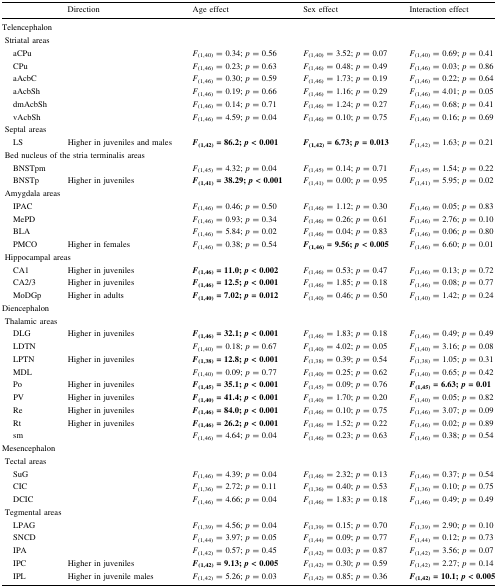
<table><thead><tr><td></td><td><b>Direction</b></td><td><b>Age effect</b></td><td><b>Sex effect</b></td><td><b>Interaction effect</b></td></tr></thead><tbody><tr><td colspan="5">Telencephalon</td></tr><tr><td colspan="5"> Striatal areas</td></tr><tr><td>aCPu</td><td></td><td><i>F</i><sub>(1,40)</sub> = 0.34; <i>p</i> = 0.56</td><td><i>F</i><sub>(1,40)</sub> = 3.52; <i>p</i> = 0.07</td><td><i>F</i><sub>(1,40)</sub> = 0.69; <i>p</i> = 0.41</td></tr><tr><td>CPu</td><td></td><td><i>F</i><sub>(1,46)</sub> = 0.23; <i>p</i> = 0.63</td><td><i>F</i><sub>(1,46)</sub> = 0.48; <i>p</i> = 0.49</td><td><i>F</i><sub>(1,46)</sub> = 0.03; <i>p</i> = 0.86</td></tr><tr><td>aAcbC</td><td></td><td><i>F</i><sub>(1,46)</sub> = 0.30; <i>p</i> = 0.59</td><td><i>F</i><sub>(1,46)</sub> = 1.73; <i>p</i> = 0.19</td><td><i>F</i><sub>(1,46)</sub> = 0.22; <i>p</i> = 0.64</td></tr><tr><td>aAcbSh</td><td></td><td><i>F</i><sub>(1,46)</sub> = 0.19; <i>p</i> = 0.66</td><td><i>F</i><sub>(1,46)</sub> = 1.16; <i>p</i> = 0.29</td><td><i>F</i><sub>(1,46)</sub> = 4.01; <i>p</i> = 0.05</td></tr><tr><td>dmAcbSh</td><td></td><td><i>F</i><sub>(1,46)</sub> = 0.14; <i>p</i> = 0.71</td><td><i>F</i><sub>(1,46)</sub> = 1.24; <i>p</i> = 0.27</td><td><i>F</i><sub>(1,46)</sub> = 0.68; <i>p</i> = 0.41</td></tr><tr><td>vAcbSh</td><td></td><td><i>F</i><sub>(1,46)</sub> = 4.59; <i>p</i> = 0.04</td><td><i>F</i><sub>(1,46)</sub> = 0.10; <i>p</i> = 0.75</td><td><i>F</i><sub>(1,46)</sub> = 0.16; <i>p</i> = 0.69</td></tr><tr><td colspan="5"> Septal areas</td></tr><tr><td>LS</td><td>Higher in juveniles and males</td><td><b><i>F</i></b><sub><b>(1,42)</b></sub> <b>=</b> <b>86.2;</b><b><i>p</i></b> <b>&lt;</b> <b>0.001</b></td><td><b><i>F</i></b><sub><b>(1,42)</b></sub> <b>=</b> <b>6.73;</b><b><i>p</i></b> <b>=</b> <b>0.013</b></td><td><i>F</i><sub>(1,42)</sub> = 1.63; <i>p</i> = 0.21</td></tr><tr><td colspan="5"> Bed nucleus of the stria terminalis areas</td></tr><tr><td>BNSTpm</td><td></td><td><i>F</i><sub>(1,45)</sub> = 4.32; <i>p</i> = 0.04</td><td><i>F</i><sub>(1,45)</sub> = 0.14; <i>p</i> = 0.71</td><td><i>F</i><sub>(1,45)</sub> = 1.54; <i>p</i> = 0.22</td></tr><tr><td>BNSTp</td><td>Higher in juveniles</td><td><b><i>F</i></b><sub><b>(1,41)</b></sub> <b>=</b> <b>38.29;</b><b><i>p</i></b> <b>&lt;</b> <b>0.001</b></td><td><i>F</i><sub>(1,41)</sub> = 0.00; <i>p</i> = 0.95</td><td><i>F</i><sub>(1,41)</sub> = 5.95; <i>p</i> = 0.02</td></tr><tr><td colspan="5"> Amygdala areas</td></tr><tr><td>IPAC</td><td></td><td><i>F</i><sub>(1,46)</sub> = 0.46; <i>p</i> = 0.50</td><td><i>F</i><sub>(1,46)</sub> = 1.12; <i>p</i> = 0.30</td><td><i>F</i><sub>(1,46)</sub> = 0.05; <i>p</i> = 0.83</td></tr><tr><td>MePD</td><td></td><td><i>F</i><sub>(1,46)</sub> = 0.93; <i>p</i> = 0.34</td><td><i>F</i><sub>(1,46)</sub> = 0.26; <i>p</i> = 0.61</td><td><i>F</i><sub>(1,46)</sub> = 2.76; <i>p</i> = 0.10</td></tr><tr><td>BLA</td><td></td><td><i>F</i><sub>(1,46)</sub> = 5.84; <i>p</i> = 0.02</td><td><i>F</i><sub>(1,46)</sub> = 0.04; <i>p</i> = 0.83</td><td><i>F</i><sub>(1,46)</sub> = 0.06; <i>p</i> = 0.80</td></tr><tr><td>PMCO</td><td>Higher in females</td><td><i>F</i><sub>(1,46)</sub> = 0.38; <i>p</i> = 0.54</td><td><b><i>F</i></b><sub><b>(1,46)</b></sub> <b>=</b> <b>9.56;</b><b><i>p</i></b> <b>&lt;</b> <b>0.005</b></td><td><i>F</i><sub>(1,46)</sub> = 6.60; <i>p</i> = 0.01</td></tr><tr><td colspan="5"> Hippocampal areas</td></tr><tr><td>CA1</td><td>Higher in juveniles</td><td><b><i>F</i></b><sub><b>(1,46)</b></sub> <b>=</b> <b>11.0;</b><b><i>p</i></b> <b>&lt;</b> <b>0.002</b></td><td><i>F</i><sub>(1,46)</sub> = 0.53; <i>p</i> = 0.47</td><td><i>F</i><sub>(1,46)</sub> = 0.13; <i>p</i> = 0.72</td></tr><tr><td>CA2/3</td><td>Higher in juveniles</td><td><b><i>F</i></b><sub><b>(1,46)</b></sub> <b>=</b> <b>12.5;</b><b><i>p</i></b> <b>&lt;</b> <b>0.001</b></td><td><i>F</i><sub>(1,46)</sub> = 1.85; <i>p</i> = 0.18</td><td><i>F</i><sub>(1,46)</sub> = 0.08; <i>p</i> = 0.77</td></tr><tr><td>MoDGp</td><td>Higher in adults</td><td><b><i>F</i></b><sub><b>(1,40)</b></sub> <b>=</b> <b>7.02;</b><b><i>p</i></b> <b>=</b> <b>0.012</b></td><td><i>F</i><sub>(1,40)</sub> = 0.46; <i>p</i> = 0.50</td><td><i>F</i><sub>(1,40)</sub> = 1.42; <i>p</i> = 0.24</td></tr><tr><td colspan="5">Diencephalon</td></tr><tr><td colspan="5"> Thalamic areas</td></tr><tr><td>DLG</td><td>Higher in juveniles</td><td><b><i>F</i></b><sub><b>(1,46)</b></sub> <b>=</b> <b>32.1;</b><b><i>p</i></b> <b>&lt;</b> <b>0.001</b></td><td><i>F</i><sub>(1,46)</sub> = 1.83; <i>p</i> = 0.18</td><td><i>F</i><sub>(1,46)</sub> = 0.49; <i>p</i> = 0.49</td></tr><tr><td>LDTN</td><td></td><td><i>F</i><sub>(1,40)</sub> = 0.18; <i>p</i> = 0.67</td><td><i>F</i><sub>(1,40)</sub> = 4.02; <i>p</i> = 0.05</td><td><i>F</i><sub>(1,40)</sub> = 3.16; <i>p</i> = 0.08</td></tr><tr><td>LPTN</td><td>Higher in juveniles</td><td><b><i>F</i></b><sub><b>(1,38)</b></sub> <b>=</b> <b>12.8;</b><b><i>p</i></b> <b>&lt;</b> <b>0.001</b></td><td><i>F</i><sub>(1,38)</sub> = 0.39; <i>p</i> = 0.54</td><td><i>F</i><sub>(1,38)</sub> = 1.05; <i>p</i> = 0.31</td></tr><tr><td>MDL</td><td></td><td><i>F</i><sub>(1,40)</sub> = 0.09; <i>p</i> = 0.77</td><td><i>F</i><sub>(1,40)</sub> = 0.25; <i>p</i> = 0.62</td><td><i>F</i><sub>(1,40)</sub> = 0.65; <i>p</i> = 0.42</td></tr><tr><td>Po</td><td>Higher in juveniles</td><td><b><i>F</i></b><sub><b>(1,45)</b></sub> <b>=</b> <b>35.1;</b><b><i>p</i></b> <b>&lt;</b> <b>0.001</b></td><td><i>F</i><sub>(1,45)</sub> = 0.09; <i>p</i> = 0.76</td><td><b><i>F</i></b><sub><b>(1,45)</b></sub> <b>=</b> <b>6.63;</b><b><i>p</i></b> <b>=</b> <b>0.01</b></td></tr><tr><td>PV</td><td>Higher in juveniles</td><td><b><i>F</i></b><sub><b>(1,40)</b></sub> <b>=</b> <b>41.4;</b><b><i>p</i></b> <b>&lt;</b> <b>0.001</b></td><td><i>F</i><sub>(1,40)</sub> = 1.70; <i>p</i> = 0.20</td><td><i>F</i><sub>(1,40)</sub> = 0.05; <i>p</i> = 0.82</td></tr><tr><td>Re</td><td>Higher in juveniles</td><td><b><i>F</i></b><sub><b>(1,46)</b></sub> <b>=</b> <b>84.0;</b><b><i>p</i></b> <b>&lt;</b> <b>0.001</b></td><td><i>F</i><sub>(1,46)</sub> = 0.10; <i>p</i> = 0.75</td><td><i>F</i><sub>(1,46)</sub> = 3.07; <i>p</i> = 0.09</td></tr><tr><td>Rt</td><td>Higher in juveniles</td><td><b><i>F</i></b><sub><b>(1,46)</b></sub> <b>=</b> <b>26.2;</b><b><i>p</i></b> <b>&lt;</b> <b>0.001</b></td><td><i>F</i><sub>(1,46)</sub> = 1.52; <i>p</i> = 0.22</td><td><i>F</i><sub>(1,46)</sub> = 0.02; <i>p</i> = 0.89</td></tr><tr><td>sm</td><td></td><td><i>F</i><sub>(1,46)</sub> = 4.64; <i>p</i> = 0.04</td><td><i>F</i><sub>(1,46)</sub> = 0.23; <i>p</i> = 0.63</td><td><i>F</i><sub>(1,46)</sub> = 0.38; <i>p</i> = 0.54</td></tr><tr><td colspan="5">Mesencephalon</td></tr><tr><td colspan="5"> Tectal areas</td></tr><tr><td>SuG</td><td></td><td><i>F</i><sub>(1,46)</sub> = 4.39; <i>p</i> = 0.04</td><td><i>F</i><sub>(1,46)</sub> = 2.32; <i>p</i> = 0.13</td><td><i>F</i><sub>(1,46)</sub> = 0.37; <i>p</i> = 0.54</td></tr><tr><td>CIC</td><td></td><td><i>F</i><sub>(1,36)</sub> = 2.72; <i>p</i> = 0.11</td><td><i>F</i><sub>(1,36)</sub> = 0.40; <i>p</i> = 0.53</td><td><i>F</i><sub>(1,36)</sub> = 0.10; <i>p</i> = 0.75</td></tr><tr><td>DCIC</td><td></td><td><i>F</i><sub>(1,46)</sub> = 4.66; <i>p</i> = 0.04</td><td><i>F</i><sub>(1,46)</sub> = 1.83; <i>p</i> = 0.18</td><td><i>F</i><sub>(1,46)</sub> = 0.49; <i>p</i> = 0.49</td></tr><tr><td colspan="5"> Tegmental areas</td></tr><tr><td>LPAG</td><td></td><td><i>F</i><sub>(1,39)</sub> = 4.56; <i>p</i> = 0.04</td><td><i>F</i><sub>(1,39)</sub> = 0.15; <i>p</i> = 0.70</td><td><i>F</i><sub>(1,39)</sub> = 2.90; <i>p</i> = 0.10</td></tr><tr><td>SNCD</td><td></td><td><i>F</i><sub>(1,44)</sub> = 3.97; <i>p</i> = 0.05</td><td><i>F</i><sub>(1,44)</sub> = 0.09; <i>p</i> = 0.77</td><td><i>F</i><sub>(1,44)</sub> = 0.12; <i>p</i> = 0.73</td></tr><tr><td>IPA</td><td></td><td><i>F</i><sub>(1,42)</sub> = 0.57; <i>p</i> = 0.45</td><td><i>F</i><sub>(1,42)</sub> = 0.03; <i>p</i> = 0.87</td><td><i>F</i><sub>(1,42)</sub> = 3.56; <i>p</i> = 0.07</td></tr><tr><td>IPC</td><td>Higher in juveniles</td><td><b><i>F</i></b><sub><b>(1,42)</b></sub> <b>=</b> <b>9.13;</b><b><i>p</i></b> <b>&lt;</b> <b>0.005</b></td><td><i>F</i><sub>(1,42)</sub> = 0.30; <i>p</i> = 0.59</td><td><i>F</i><sub>(1,42)</sub> = 2.27; <i>p</i> = 0.14</td></tr><tr><td>IPL</td><td>Higher in juvenile males</td><td><i>F</i><sub>(1,42)</sub> = 5.26; <i>p</i> = 0.03</td><td><i>F</i><sub>(1,42)</sub> = 0.85; <i>p</i> = 0.36</td><td><b><i>F</i></b><sub><b>(1,42)</b></sub> <b>=</b> <b>10.1;</b><b><i>p</i></b> <b>&lt;</b> <b>0.005</b></td></tr></tbody></table>